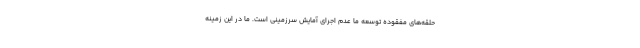
حلقه‌های مفقوده توسعه ما عدم اجرای آمایش سرزمینی است. ما در این زمینه